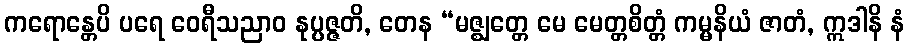
ကရောန္တေပိ ပရေ ဝေရီသညာဝ နုပ္ပဇ္ဇတိ, တေန “မဇ္ဈတ္တေ မေ မေတ္တစိတ္တံ ကမ္မနိယံ ဇာတံ, ဣဒါနိ နံ